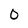
Character: O